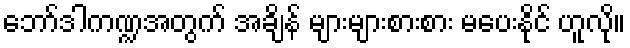
ဘော်ဒါကဏ္ဍအတွက် အချိန် များများစားစား မပေးနိုင် ဟူလို။